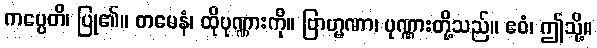
ကပ္ပေတိ၊ ပြု၏။ တမေနံ၊ ထိုပုဏ္ဏားကို။ ဗြာဟ္မဏာ၊ ပုဏ္ဏားတို့သည်။ ဧဝံ၊ ဤသို့။